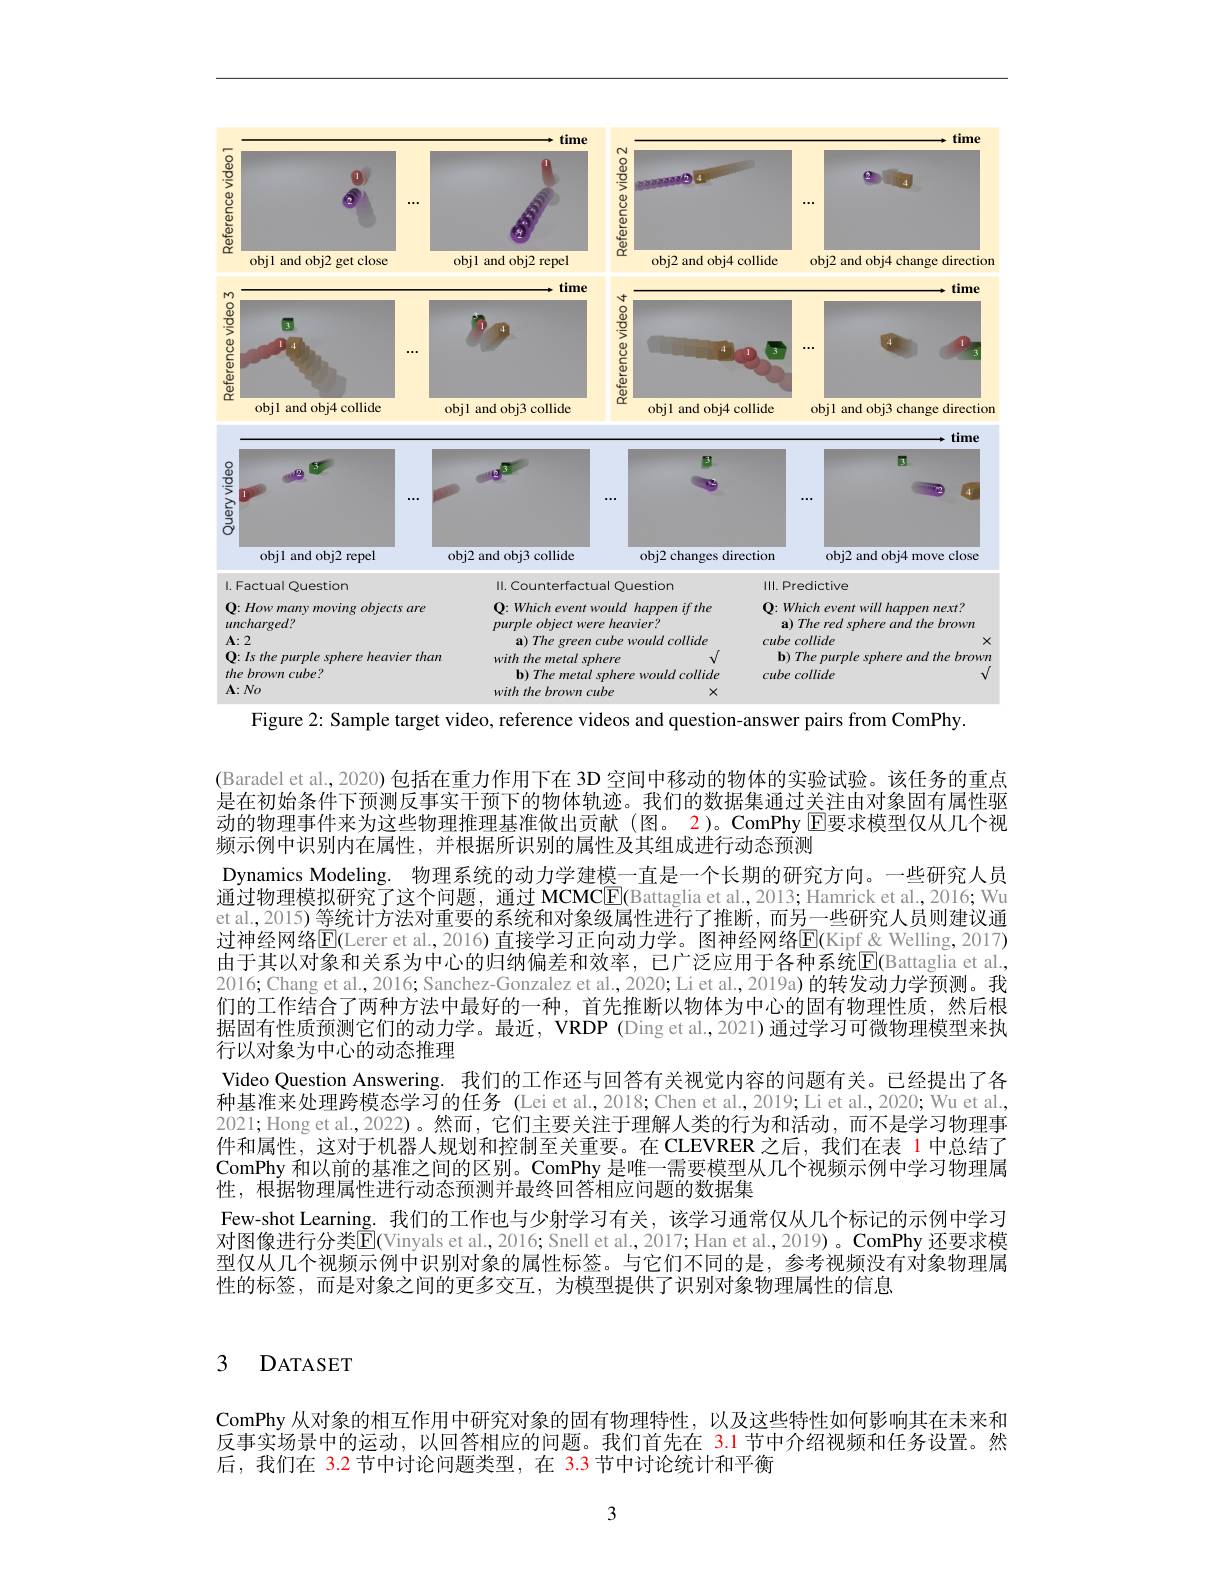
<FigureHere>
Figure 2: Sample target video, reference videos and question-answer pairs from ComPhy.

(Baradel et al., 2020) 包括在重力作用下在 3D 空间中移动的物体的实验试验。该任务的重点是在初始条件下预测反事实干预下的物体轨迹。我们的数据集通过关注由对象固有属性驱动的物理事件来为这些物理推理基准做出贡献(图。2)。ComPhy $\operatorname{E}$要求模型仅从几个视频示例中识别内在属性，并根据所识别的属性及其组成进行动态预测
Dynamics Modeling. 物理系统的动力学建模一直是一个长期的研究方向。一些研究人员通过物理模拟研究了这个问题，通过 MCMCE(Battaglia et al.,2013; Hamrick et al.,2016; Wu et al.,2015) 等统计方法对重要的系统和对象级属性进行了推断，而另一些研究人员则建议通过神经网络$\overline{\mathbb{E}}($Lerer et al., 2016) 直接学习正向动力学。图神经网络$\overline{\mathbb{E}}($Kipf&Welling, 2017) 由于其以对象和关系为中心的归纳偏差和效率，已广泛应用于各种系统$\overline{\mathrm{E}}($Battaglia et al. 2016; Chang et al., 2016; Sanchez-Gonzalez et al., 2020; Li et al., 2019a) 的转发动力学预测。我们的工作结合了两种方法中最好的一种，首先推断以物体为中心的固有物理性质，然后根据固有性质预测它们的动力学。最近，VRDP (Ding et al.,2021) 通过学习可微物理模型来执行以对象为中心的动态推理
Video Question Answering. 我们的工作还与回答有关视觉内容的问题有关。已经提出了各种基准来处理跨模态学习的任务 (Lei et al., 2018; Chen et al., 2019; Li et al., 2020; Wu et al. 2021;Hong et al.,2022)。然而，它们主要关注于理解人类的行为和活动，而不是学习物理事件和属性，这对于机器人规划和控制至关重要。在 CLEVRER 之后，我们在表 1 中总结了ComPhy 和以前的基准之间的区别。ComPhy 是唯一需要模型从几个视频示例中学习物理属性，根据物理属性进行动态预测并最终回答相应问题的数据集
Few-shot Learning. 我们的工作也与少射学习有关，该学习通常仅从几个标记的示例中学习对图像进行分类$\overline{\mathbb{E}}$(Vinyals et al., 2016; Snell et al., 2017; Han et al., 2019) 。ComPhy 还要求模型仅从几个视频示例中识别对象的属性标签。与它们不同的是，参考视频没有对象物理属性的标签，而是对象之间的更多交互，为模型提供了识别对象物理属性的信息

3 DATASET

ComPhy 从对象的相互作用中研究对象的固有物理特性，以及这些特性如何影响其在未来和反事实场景中的运动，以回答相应的问题。我们首先在 3.1 节中介绍视频和任务设置。然后，我们在 3.2 节中讨论问题类型，在 3.3 节中讨论统计和平衡

3